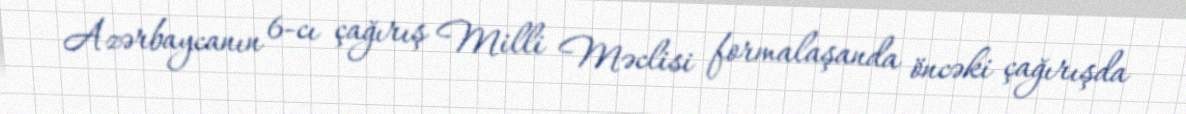
Azərbaycanın 6-cı çağırış Milli Məclisi formalaşanda öncəki çağırışda